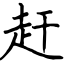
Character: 赶